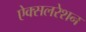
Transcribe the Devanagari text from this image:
ऐक्सलरेशन